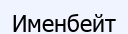
Именбейт